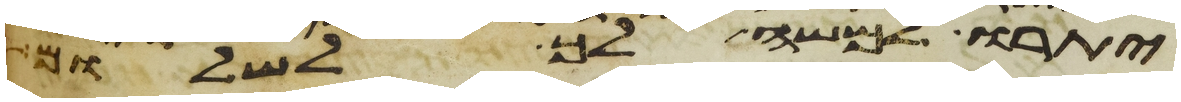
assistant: יתרו למשה לך לשלום